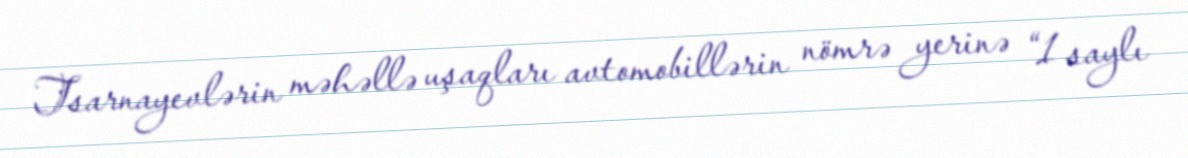
Tsarnayevlərin məhəllə uşaqları avtomobillərin nömrə yerinə “1 saylı